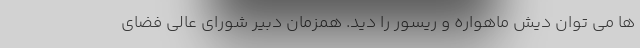
ها می توان دیش ماهواره و ریسور را دید. همزمان دبیر شورای عالی فضای